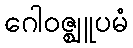
ဂေါဝဇ္ဈူပမံ